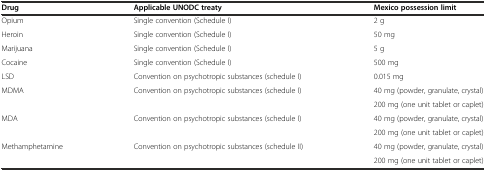
| Drug | Applicable UNODC treaty | Mexico possession limit |
 | --- | --- | --- |
 | Opium | Single convention (Schedule I) | 2 g |
 | Heroin | Single convention (Schedule I) | 50 mg |
 | Marijuana | Single convention (Schedule I) | 5 g |
 | Cocaine | Single convention (Schedule I) | 500 mg |
 | LSD | Convention on psychotropic substances (schedule I) | 0.015 mg |
 | <ROWSPAN=2> MDMA | <ROWSPAN=2> Convention on psychotropic substances (schedule I) | 40 mg (powder, granulate, crystal) |
 | 200 mg (one unit tablet or caplet) |
 | <ROWSPAN=2> MDA | <ROWSPAN=2> Convention on psychotropic substances (schedule I) | 40 mg (powder, granulate, crystal) |
 | 200 mg (one unit tablet or caplet) |
 | <ROWSPAN=2> Methamphetamine | <ROWSPAN=2> Convention on psychotropic substances (schedule II) | 40 mg (powder, granulate, crystal) |
 | 200 mg (one unit tablet or caplet) |